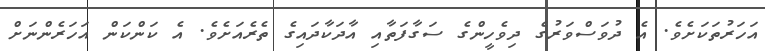
އަހަރުތަކަށެވެ. އެ ދުވަސްވަރުގެ ދިވެހީންގެ ސަގާފަތާއި އާދަކާދައިގެ ތެރެއަށެވެ. އެ ކަންކަން އަހަރެންނަށް